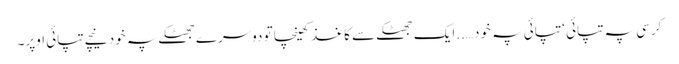
کرسی پہ تپائی ‘ تپائی پہ خود…..ایک جھٹکے سے کاغذ کھینچا تو دوسرے جھٹکے پہ خود نیچے تپائی اوپر۔